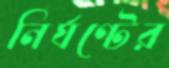
নির্ঘণ্টের